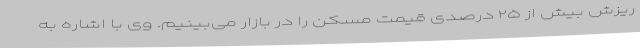
ریزش بیش از ۲۵ درصدی قیمت مسکن را در بازار می‌بینیم. وی با اشاره به